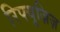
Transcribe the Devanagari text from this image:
रिफ्युज़िज़